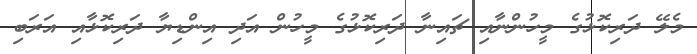
މެލޭ ދަރިކޮޅުގެ މީހުންނާއި ޗައިނާ ދަރިކޮޅުގެ މީހުން އަދި އިންޑިޔާ ދަރިކޮޅާއި އަރަބި